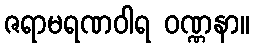
ဇရာမရဏဝါရ ဝဏ္ဏနာ။